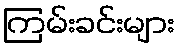
ကြမ်းခင်းများ